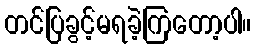
တင်ပြခွင့်မရခဲ့ကြတော့ပါ။